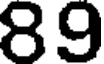
89